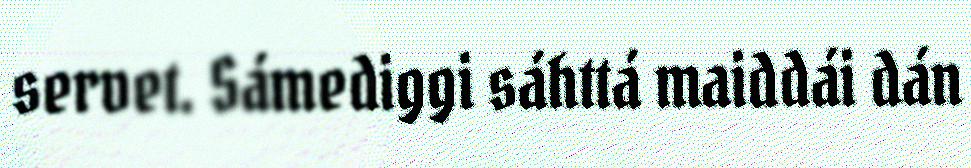
servet. Sámediggi sáhttá maiddái dán